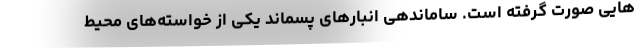
هایی صورت گرفته است. ساماندهی انبارهای پسماند یکی از خواسته‌های محیط